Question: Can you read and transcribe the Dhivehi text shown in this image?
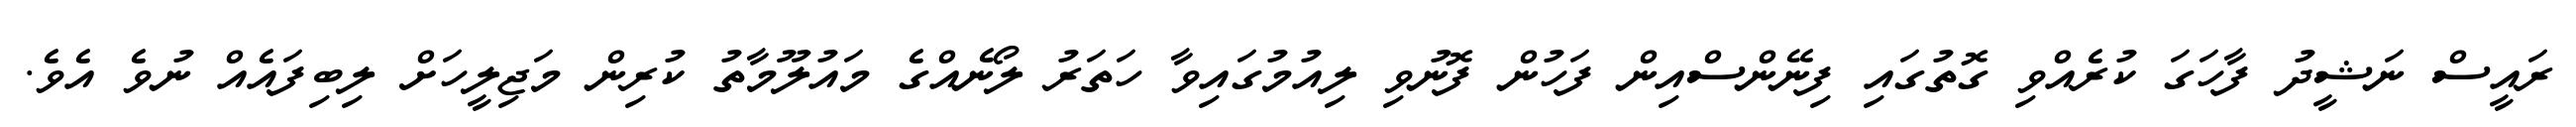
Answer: ރައީސް ނަޝީދު ފާހަގަ ކުރެއްވި ގޮތުގައި ފިނޭންސްއިން ފަހުން ފޮނުވި ލިއުމުގައިވާ ހަތަރު ލޯނެއްގެ މައުލޫމާތު ކުރިން މަޖިލީހަށް ލިބިފައެއް ނުވެ އެވެ.